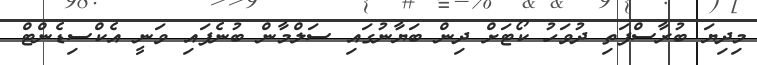
މިދިޔަ ބުރާސްފަތި ދުވަހު ކޯޓަށް ދިން ބަޔާނުގައި ސަލްމާން ބުނެފައި ވަނީ އެކްސިޑެންޓް